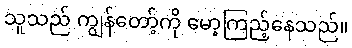
သူသည် ကျွန်တော့်ကို မော့ကြည့်နေသည်။